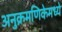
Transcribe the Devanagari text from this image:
अनुक्रमणिकेमध्ये